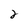
Character: 2